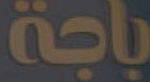
باجة